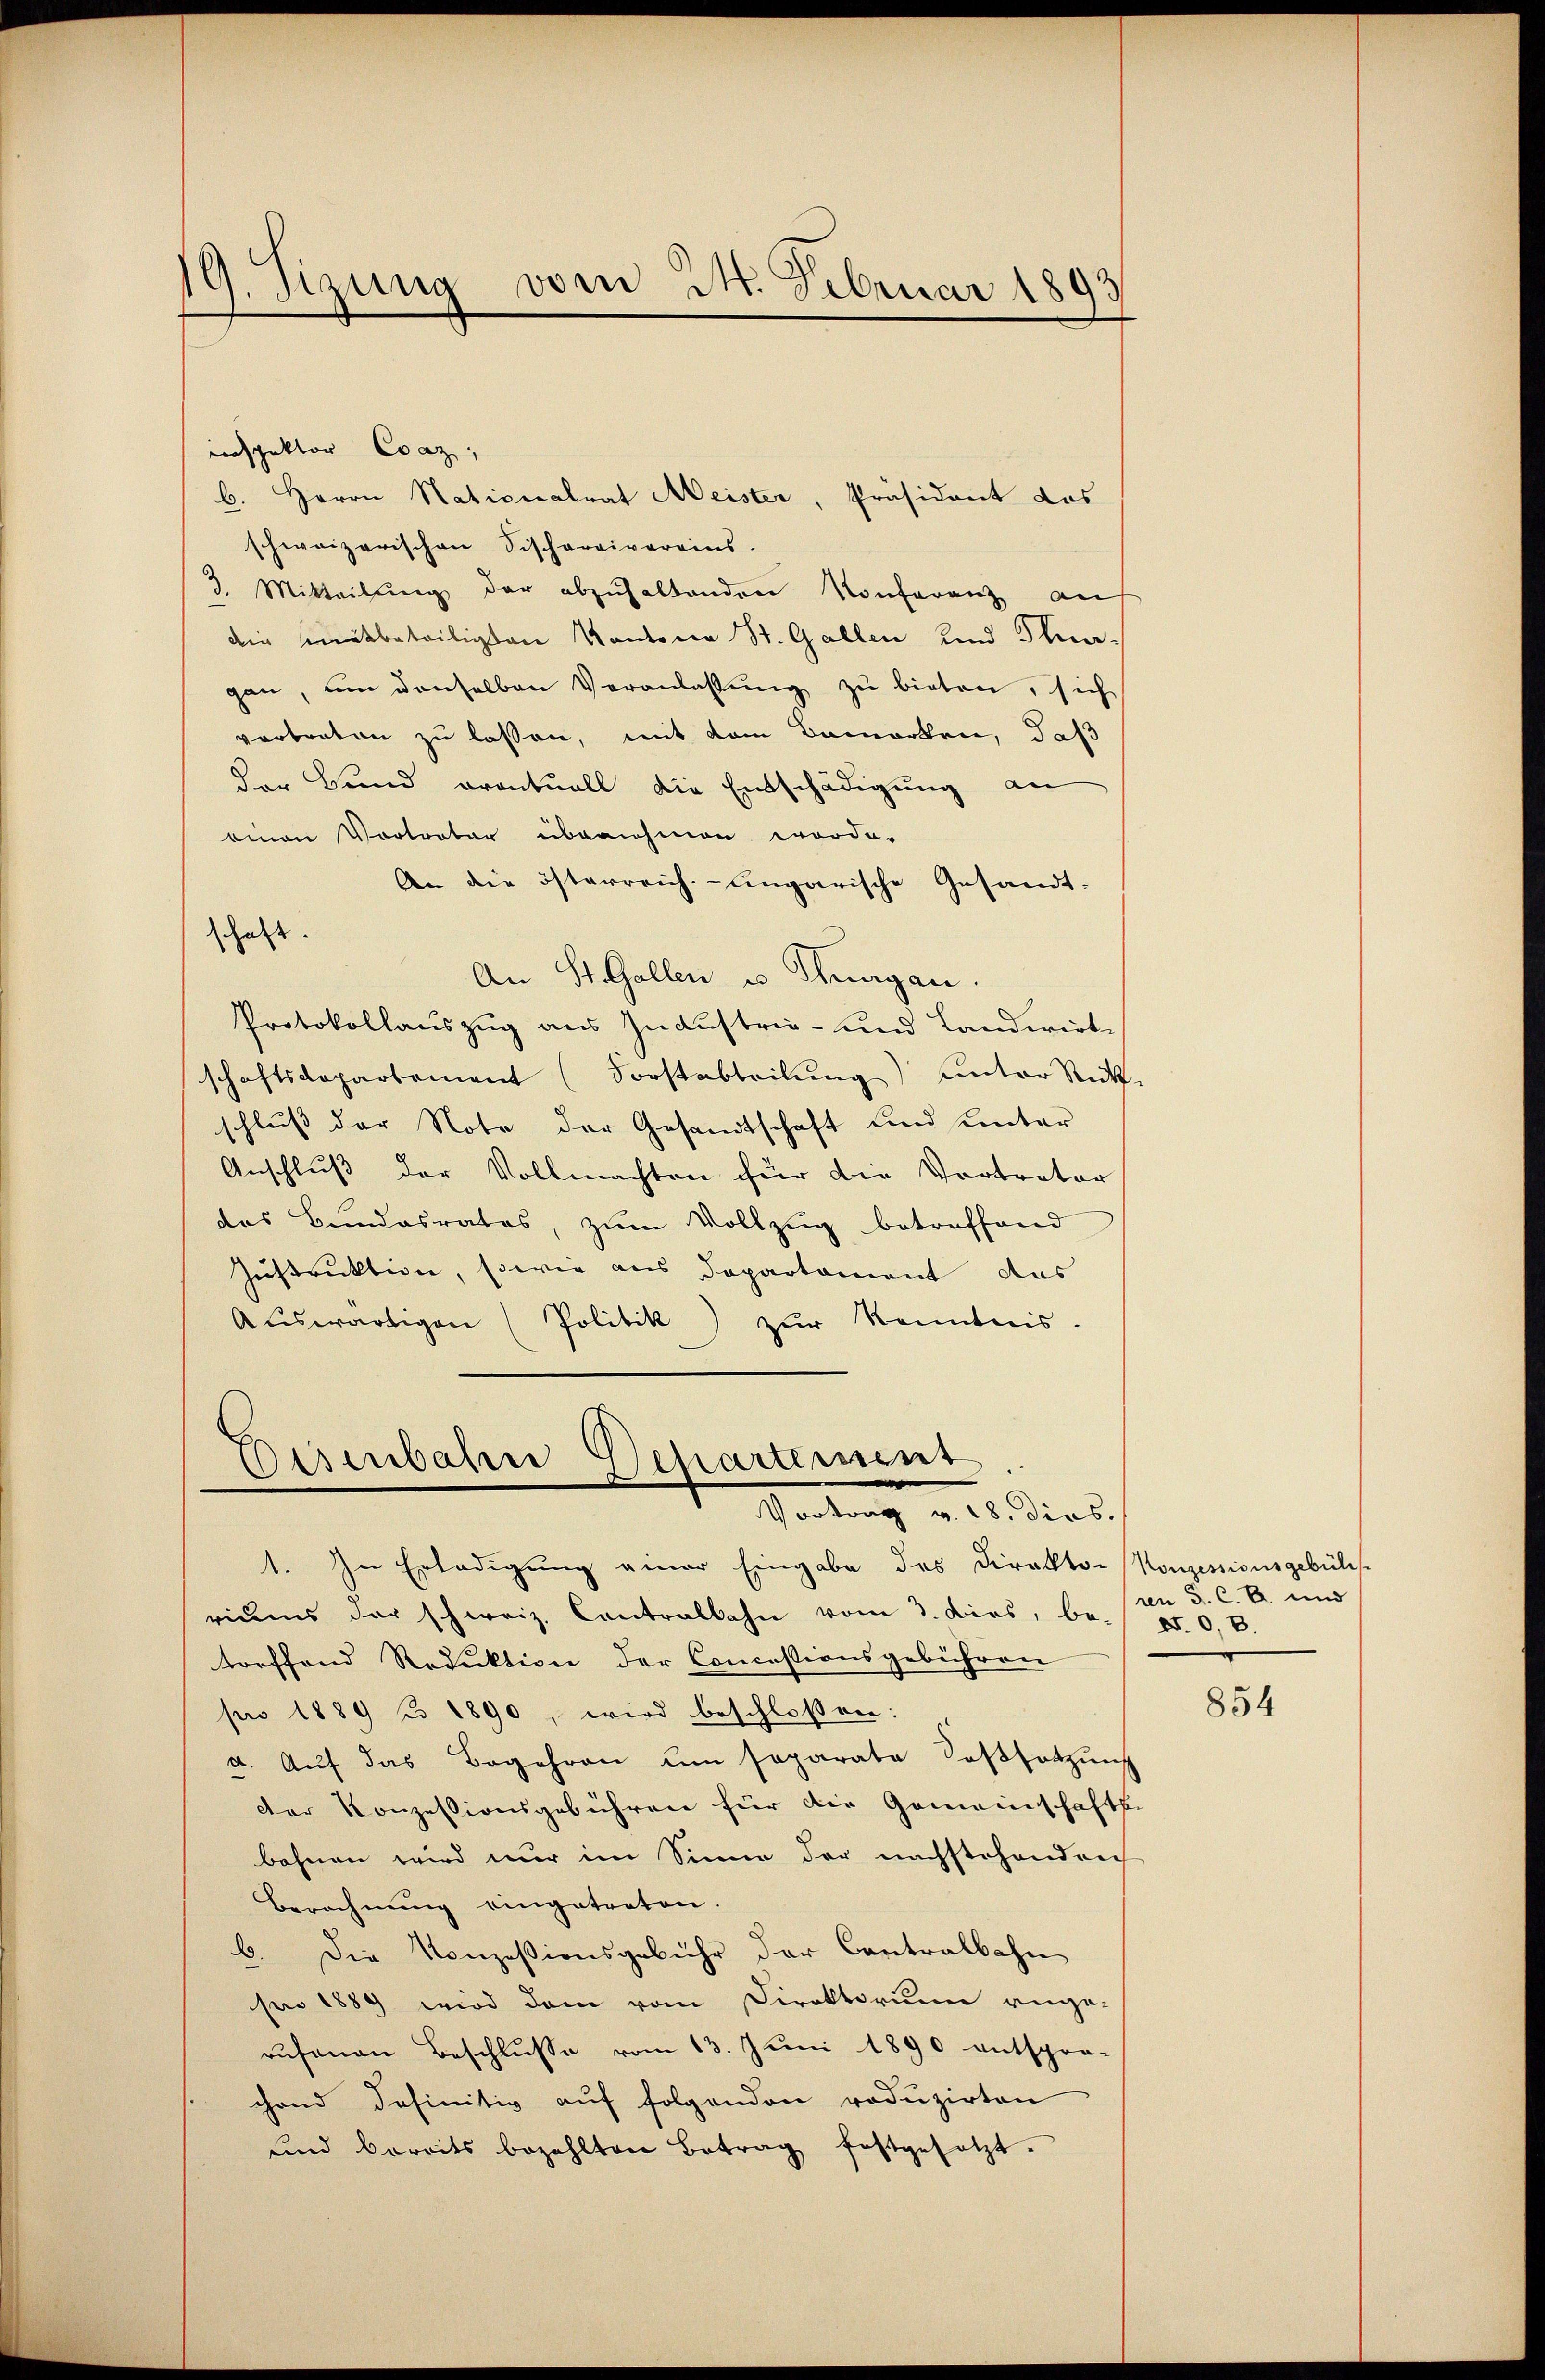
19. Sizung vom 24. Februar 1893

inspektor Csaz,
b. Herrn Nationalrat Meister, Präsident des
schweizerischen Fischarrivereins.
3. Mitteilŭng der abzŭhaltenden Konferenz auf
die mitbeteiligten Kantone St. Gallen und Thurgan, um denselben Veranlassung zu bieten, sich
vertreten zu lassen, mit dem Bemerken, daß
der Bund eventuell die Entschädigung an
einen Vortreter übernehmen worde.
An die österreich-ungarische Gesandt-
schaft.
An St. Gallen u. Thurgau.
Protokollauszug aus Industrie- und Landwirt-
schaftsdepartement (Forstabteilung) unter Rück
schluß der Note der Gesandtschaft und unter
Anschluß der Vollmachten für die Vertreter
das Bundesrates, zum Vollzug betreffend
Instruktion, sowie aus Departament das
Aŭswärtigen (Politik) zŭr Kenntnis.

1. In Erledigung einer Eingabe des Direkto-Konzessionsgebüh
riŭms der schweiz. Contralbahn vom 3. dies, be- XI. 0. B.
torffend Reduktion der Concessionsgebühren
pro 1889 u 1890, wird beschloßen:
a. Aŭf das Begehren um separata Sassatzung
der Konzessionsgebühren für die Gemeinschafts
bahnen wird nur im Sinne der nachstehendenh
Berechnung eingetreten.
b. Die Konzessionsgebühr der Contralbahn
pro 1889 wird dem vom Direktorium ange-
rufenen Beschlusse vom 13. Juni 1890 entspon-
chand definitiv auf folgenden roduzirten
und bereits bezahlten Betrag festgesetzt.

Eisenbahne Departement
Vortrag v. 18. dies.

ren 3. C. R. und

854